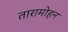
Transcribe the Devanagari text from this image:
तारामोहन